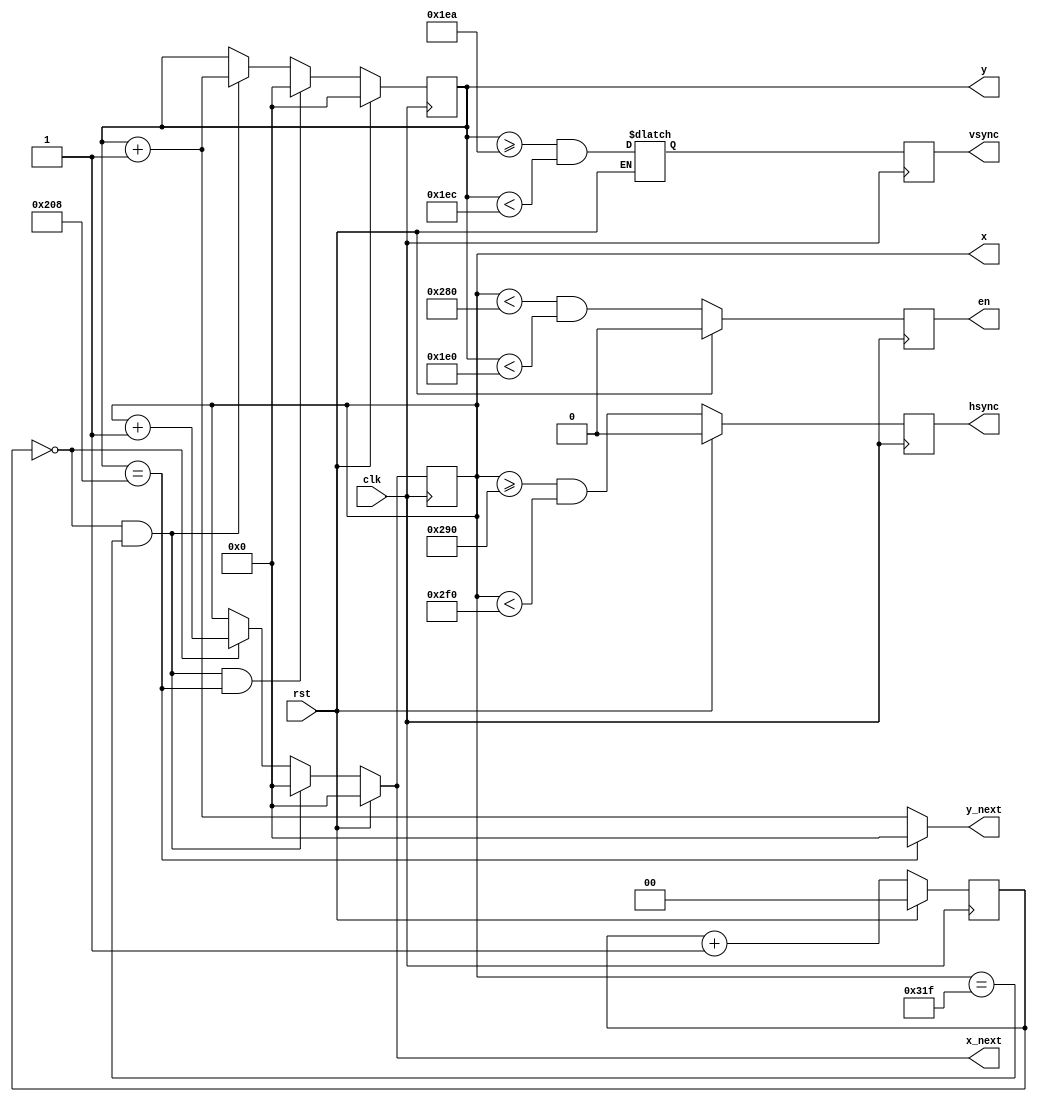
module vga_sync
(
  input  wire       clk,    // 100Mhz clock signal
  input  wire       rst,
  output wire       hsync,  // HSYNC VGA control output
  output wire       vsync,  // VSYNC VGA control output
  output wire       en,     // Indicates when RGB generation circuit should enable (x,y valid)
  output wire [9:0] x,      // Current X position being displayed
  output wire [9:0] y,      // Current Y position being displayed (top = 0)
  output wire [9:0] x_next, // Next X position to be displayed next clock
  output wire [9:0] y_next  // Next Y position to be displayed
);

//
// VGA signal timing parameters.  Taken from http://tinyvga.com/vga-timing/640x480@60Hz.  Note
// that this circuit uses a 25MHz clock instead of specified 25.175MHz clock.  Most displays can
// cope with this out of spec behavior.
//
localparam H_DISP  = 640;  // Number of displayable columns
localparam H_FP    = 16;   // Horizontal front porch in pixel clocks
localparam H_RT    = 96;   // Horizontal retrace (hsync pulse) in pixel clocks
localparam H_BP    = 48;   // Horizontal back porch in pixel clocks
localparam V_DISP  = 480;  // Number of displayable rows
localparam V_FP    = 10;   // Vertical front porch in lines
localparam V_RT    = 2;    // Vertical retrace (vsync pulse) in lines
localparam V_BP    = 29;   // Vertical back porch in lines

//localparam H_DISP  = 4;  // Number of displayable columns
//localparam H_FP    = 10;   // Horizontal front porch in pixel clocks
//localparam H_RT    = 2;   // Horizontal retrace (hsync pulse) in pixel clocks
//localparam H_BP    = 20;   // Horizontal back porch in pixel clocks
//localparam V_DISP  = 2;  // Number of displayable rows
//localparam V_FP    = 1;   // Vertical front porch in lines
/*
localparam V_RT    = 3;    // Vertical retrace (vsync pulse) in lines
localparam V_BP    = 2;   // Vertical back porch in lines
*/



// FF for mod-4 counter.  Used to generate a 25MHz pixel enable signal.
reg  [1:0] q_mod4_cnt;
reg  [1:0] d_mod4_cnt;

// Horizontal and vertical counters.  Used relative to timings specified in pixels or lines, above.
// Equivalent to x,y position when in the displayable region.
reg  [9:0] q_hcnt, q_vcnt;
reg  [9:0] d_hcnt, d_vcnt;

// Output signal FFs.
reg  q_hsync, q_vsync, q_en;
reg  d_hsync, d_vsync, d_en;

// FF update logic.
always @(posedge clk) begin
  q_mod4_cnt <= d_mod4_cnt;
  q_hcnt     <= d_hcnt;
  q_vcnt     <= d_vcnt;
  q_hsync    <= d_hsync;
  q_vsync    <= d_vsync;
  q_en       <= d_en;
end

wire pix_pulse;     // 1 clk tick per-pixel
wire line_pulse;    // 1 clk tick per-line (reset to h-pos 0)
wire screen_pulse;  // 1 clk tick per-screen (reset to v-pos 0)


assign pix_pulse    = (q_mod4_cnt == 0);
assign line_pulse   = pix_pulse  && (q_hcnt == (H_DISP + H_FP + H_RT + H_BP - 1));
assign screen_pulse = line_pulse && (q_vcnt == (V_DISP + V_FP + V_RT + V_BP - 1));

// Assign output wires to appropriate FFs.
assign hsync  = q_hsync;
assign vsync  = q_vsync;
assign x      = q_hcnt;
assign y      = q_vcnt;
assign x_next = d_hcnt;
assign y_next = (y == (V_DISP + V_FP + V_RT + V_BP - 10'h001)) ? 10'h000 : (q_vcnt + 10'h001);
assign en     = q_en;

always @ (*) begin
  if (rst) begin
    d_mod4_cnt  =   2'b00;
    d_hcnt      =   9'h000;
    d_vcnt      =   9'h000;
    d_hsync     =   1'b0;
    d_en        =   1'b0;
  end
  else begin
    d_mod4_cnt  = q_mod4_cnt + 2'h1;
    d_hcnt      = (line_pulse)   ? 10'h000 : ((pix_pulse)  ? q_hcnt + 10'h001 : q_hcnt);
    d_vcnt      = (screen_pulse) ? 10'h000 : ((line_pulse) ? q_vcnt + 10'h001 : q_vcnt);

    d_hsync     = (q_hcnt >= (H_DISP + H_FP)) && (q_hcnt < (H_DISP + H_FP + H_RT));
    d_vsync     = (q_vcnt >= (V_DISP + V_FP)) && (q_vcnt < (V_DISP + V_FP + V_RT));

    d_en        = (q_hcnt < H_DISP) && (q_vcnt < V_DISP);
  end
end

endmodule